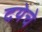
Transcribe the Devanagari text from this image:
दयेचे